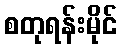
စတုရန်းမိုင်